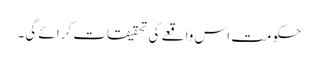
حکومت اس واقعے کی تحقیقات کرائے گی۔